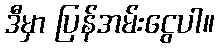
ဒီမှာ ပြန်အမ်းငွေပါ။